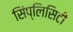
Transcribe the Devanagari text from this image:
सिंप्लिसिटी